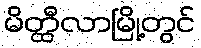
မိတ္ထီလာမြို့တွင်